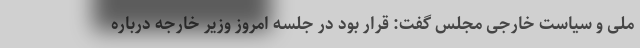
ملی و سیاست خارجی مجلس گفت: قرار بود در جلسه امروز وزیر خارجه درباره